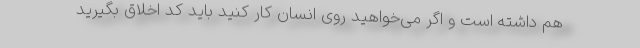
هم داشته است و اگر می‌خواهید روی انسان کار کنید باید کد اخلاق بگیرید